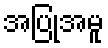
အပြုအမူ